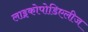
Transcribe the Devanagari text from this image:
लाइकोपोडिएलीज